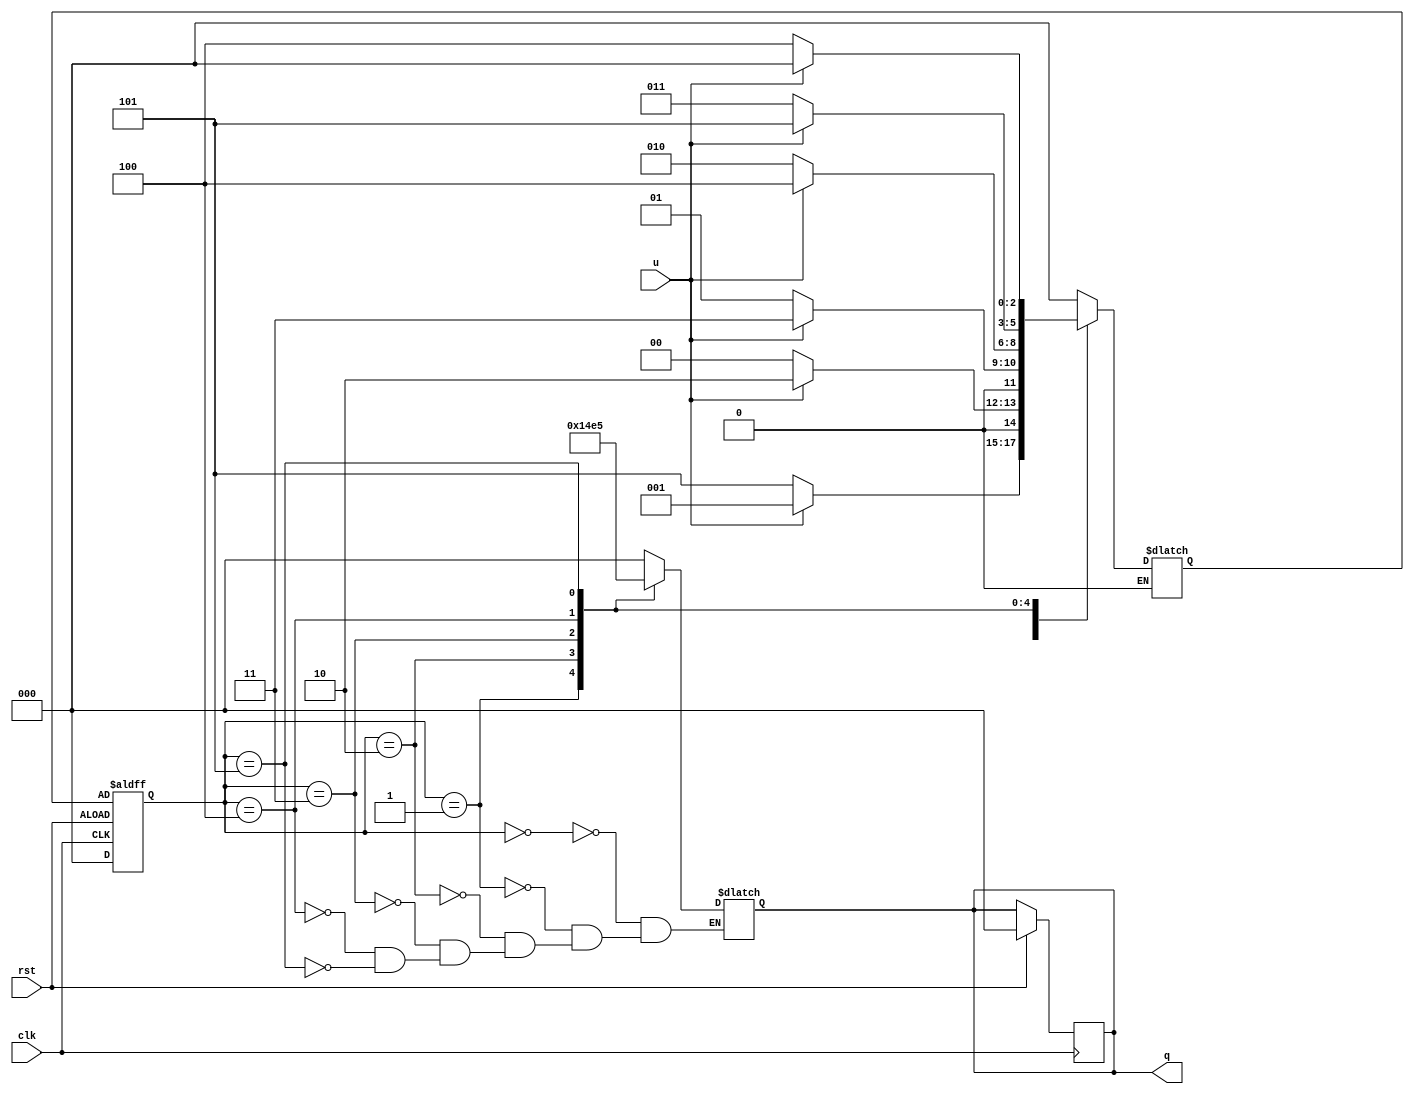
`timescale 1ns / 1ps



module counter(u,clk,rst,q);

    input        clk, rst;              // clk, clear (active low)
    input        u;                      // u==1: count up; u==0: count down
    output reg   [2:0] q;                      // 3-bit counter output
                                        // register type
	
	
	reg     [2 : 0] state, next_state;
	parameter [2 : 0] S0 = 3'b000,
					  S1 = 3'B001,
					  S2 = 3'B010,
					  S3 = 3'B011,
					  S4 = 3'B100,
					  S5 = 3'B101;
					  
					  
	always @(posedge clk or negedge rst) begin
		 if (rst) begin
			q <= 0;
			state <= S0;
		 end else 
			state <= next_state;
	end
	
	
	always @(*) begin
		case(state)
			
			S0 : begin 
				if(u == 1) begin
                    next_state <= S1;
                     q <=3'd0 ;
				end
				else if(u == 0) begin
                     next_state <= S5; 
                     q <=3'd0;
			     end
			end                                       
													  
			S1 : begin	                              
				if(u == 1) begin
                    next_state <= S2;
                    q <=3'd1 ;
				end
				else if(u == 0) begin
                     next_state <= S0; 
                     q <=3'd1;
			     end
			end	                                      
													
			S2 : begin	                             
				if(u == 1) begin
                    next_state <= S3;
                    q <=3'd2 ;
				end
				else if(u == 0) begin
                     next_state <= S1; 
                     q <=3'd2;
			     end
			end	                                      
													  
			S3 : begin	                              
				if(u == 1) begin
                    next_state <= S4;
                    q <=3'd3 ;
				end
				else if(u == 0) begin
                     next_state <= S2; 
                     q <=3'd3;
                end
			end	                                      
													  
			S4 : begin	                              
				if(u == 1) begin
                    next_state <= S5;
                    q <= 3'd4 ;
				end
				else if(u == 0) begin
                     next_state <= S3; 
                     q <= 3'd4;
                end
			end	                                  
												  
			S5 : begin	                          
				if(u == 1) begin
                    next_state <= S0;
                    q <= 3'd5 ;
				end
				else if(u == 0) begin
                     next_state <= S4; 
                     q <= 3'd5;
                end
			end	
			
			default : begin
				next_state <= S0;
			end
				
			
		endcase
end

endmodule